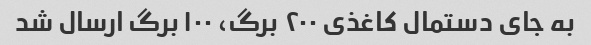
به جای دستمال کاغذى ٢٠٠ برگ، ١٠٠ برگ ارسال شد